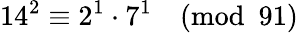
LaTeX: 14^{2}\equiv 2^{1}\cdot 7^{1}{\pmod{91}}